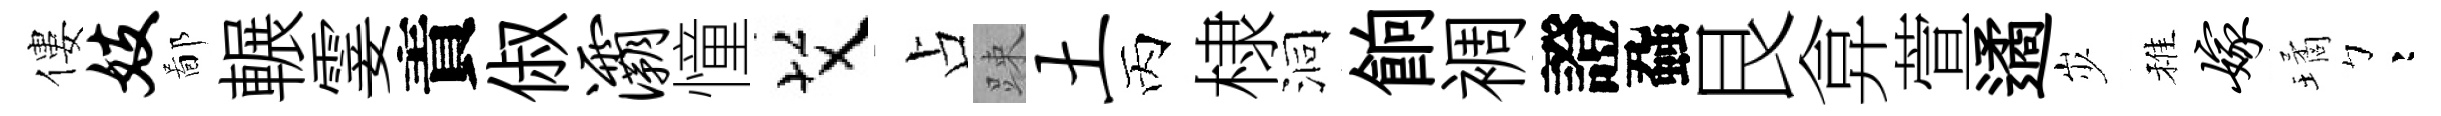
僂妓鄙輾霎責俶灞憧艾占踈土丙棣洞餉裯證蝨艮弇萱遹𡵯稚嫁璚彎